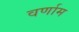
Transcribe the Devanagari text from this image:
वर्णाम